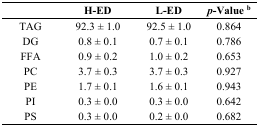
<table><thead><tr><td></td><td><b>H-ED</b></td><td><b>L-ED</b></td><td><b><i>p</i>-Value <sup>b</sup></b></td></tr></thead><tbody><tr><td>TAG</td><td>92.3 ± 1.0</td><td>92.5 ± 1.0</td><td>0.864</td></tr><tr><td>DG</td><td>0.8 ± 0.1</td><td>0.7 ± 0.1</td><td>0.786</td></tr><tr><td>FFA</td><td>0.9 ± 0.2</td><td>1.0 ± 0.2</td><td>0.653</td></tr><tr><td>PC</td><td>3.7 ± 0.3</td><td>3.7 ± 0.3</td><td>0.927</td></tr><tr><td>PE</td><td>1.7 ± 0.1</td><td>1.6 ± 0.1</td><td>0.943</td></tr><tr><td>PI</td><td>0.3 ± 0.0</td><td>0.3 ± 0.0</td><td>0.642</td></tr><tr><td>PS</td><td>0.3 ± 0.0</td><td>0.2 ± 0.0</td><td>0.682</td></tr></tbody></table>